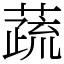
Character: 蔬